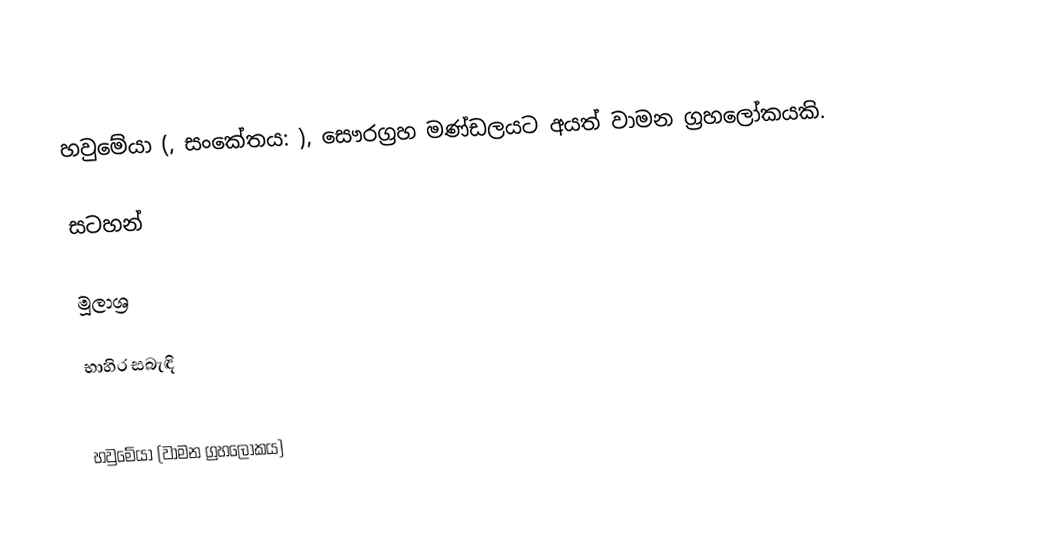
හවුමේයා (, සංකේතය: ), සෞරග්‍රහ මණ්ඩලයට අයත් වාමන ග්‍රහලෝකයකි.

සටහන්

මූලාශ්‍ර

භාහිර සබැඳි

හවුමේයා (වාමන ග්‍රහලෝකය)